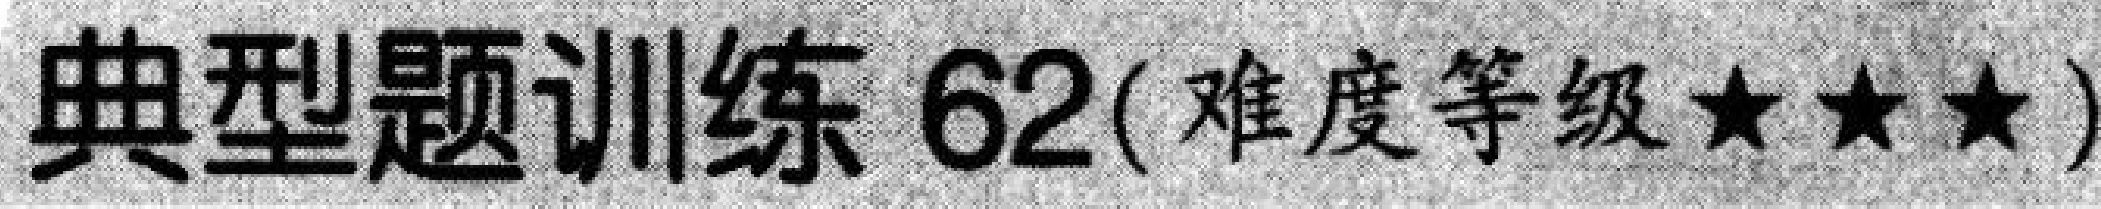
典型题训练 62(难度等级\(\star\star\star\))